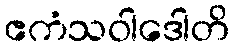
ဧကံသဝါဒေါတိ